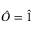
\hat { O } = \hat { 1 }